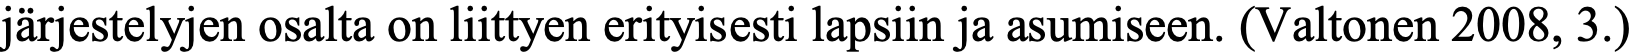
järjestelyjen osalta on liittyen erityisesti lapsiin ja asumiseen. (Valtonen 2008, 3.)